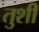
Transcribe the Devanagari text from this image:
तुशीं